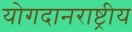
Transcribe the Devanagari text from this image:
योगदानराष्ट्रीय